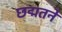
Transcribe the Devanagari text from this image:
छद्मतने